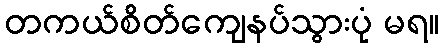
တကယ်စိတ်ကျေနပ်သွားပုံ မရ။